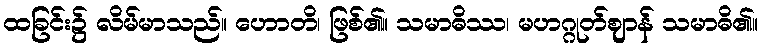
ထခြင်း၌ လိမ်မာသည်။ ဟောတိ၊ ဖြစ်၏။ သမာဓိဿ၊ မဟဂ္ဂုတ်ဈာန် သမာဓိ၏။